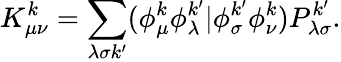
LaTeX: K_{\mu\nu}^{k}=\sum_{\lambda\sigma k^{\prime}}(\phi_{\mu}^{k}\phi_{\lambda}^{k^{\prime}}|\phi_{\sigma}^{k^{\prime}}\phi_{\nu}^{k})P_{\lambda\sigma}^{k^{\prime}}.